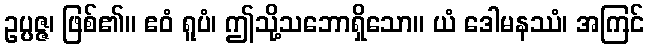
ဥပ္ပဇ္ဇ၊ ဖြစ်၏။ ဧဝံ ရူပံ၊ ဤသို့သဘောရှိသော။ ယံ ဒေါမနဿံ၊ အကြင်